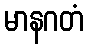
မာနဂတံ